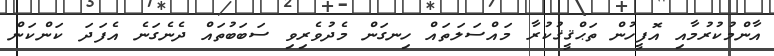
އާންމުކުރުމާއި އޮފީހުން ތަޙްޤީޤުކުރާ މައްސަލަތައް ހިނގަން މެދުވެރިވި ސަބަބުތައް ދެނެގަނެ އެފަދަ ކަންކަން